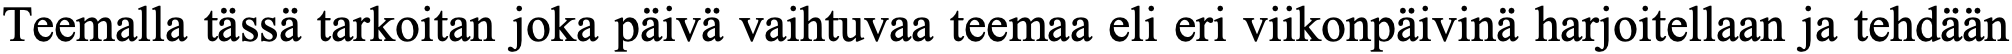
Teemalla tässä tarkoitan joka päivä vaihtuvaa teemaa eli eri viikonpäivinä harjoitellaan ja tehdään